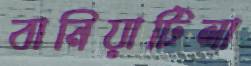
বানিয়াটিলা